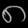
Digit: ၈